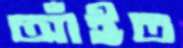
আঁইত